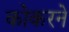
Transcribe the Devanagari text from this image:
कोकरने